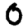
Digit: 0